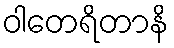
ဝါတေရိတာနိ